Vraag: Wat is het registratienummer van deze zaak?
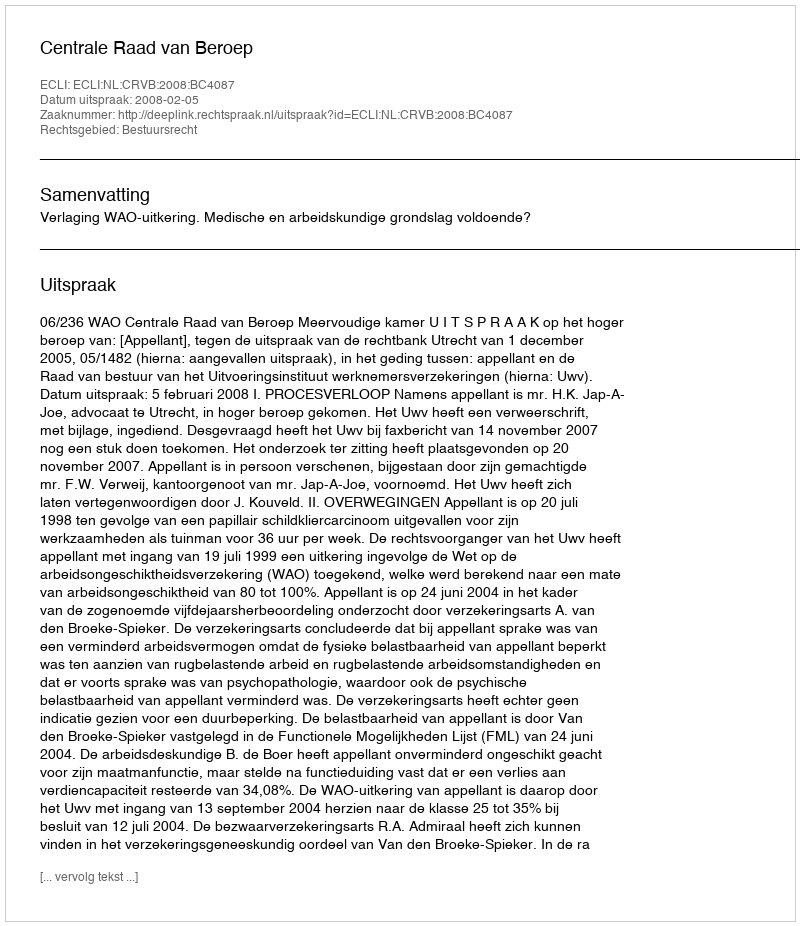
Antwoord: http://deeplink.rechtspraak.nl/uitspraak?id=ECLI:NL:CRVB:2008:BC4087